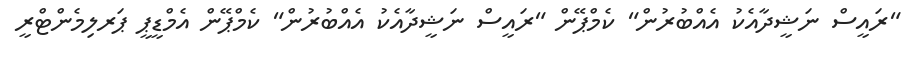
"ރައީސް ނަޝީދާއެކު އެއްބުރުން" ކެމްޕޭން "ރައީސް ނަޝީދާއެކު އެއްބުރުން" ކެމްޕޭން އެމްޑީޕީ ޕަރލިމެންޓްރީ